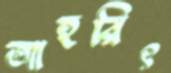
আহরিৎ